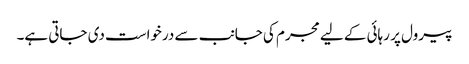
پیرول پر رہائی کے لیے مجرم کی جانب سے درخواست دی جاتی ہے۔